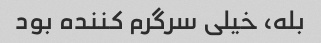
بله، خیلی سرگرم کننده بود